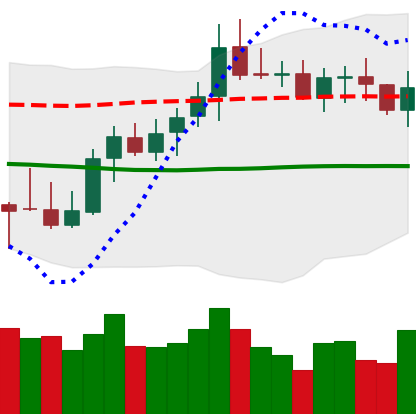
Ticker: XMR-USD
Chart end date: 2021-10-15
Forward return: -4.959%
Label: down_3_5